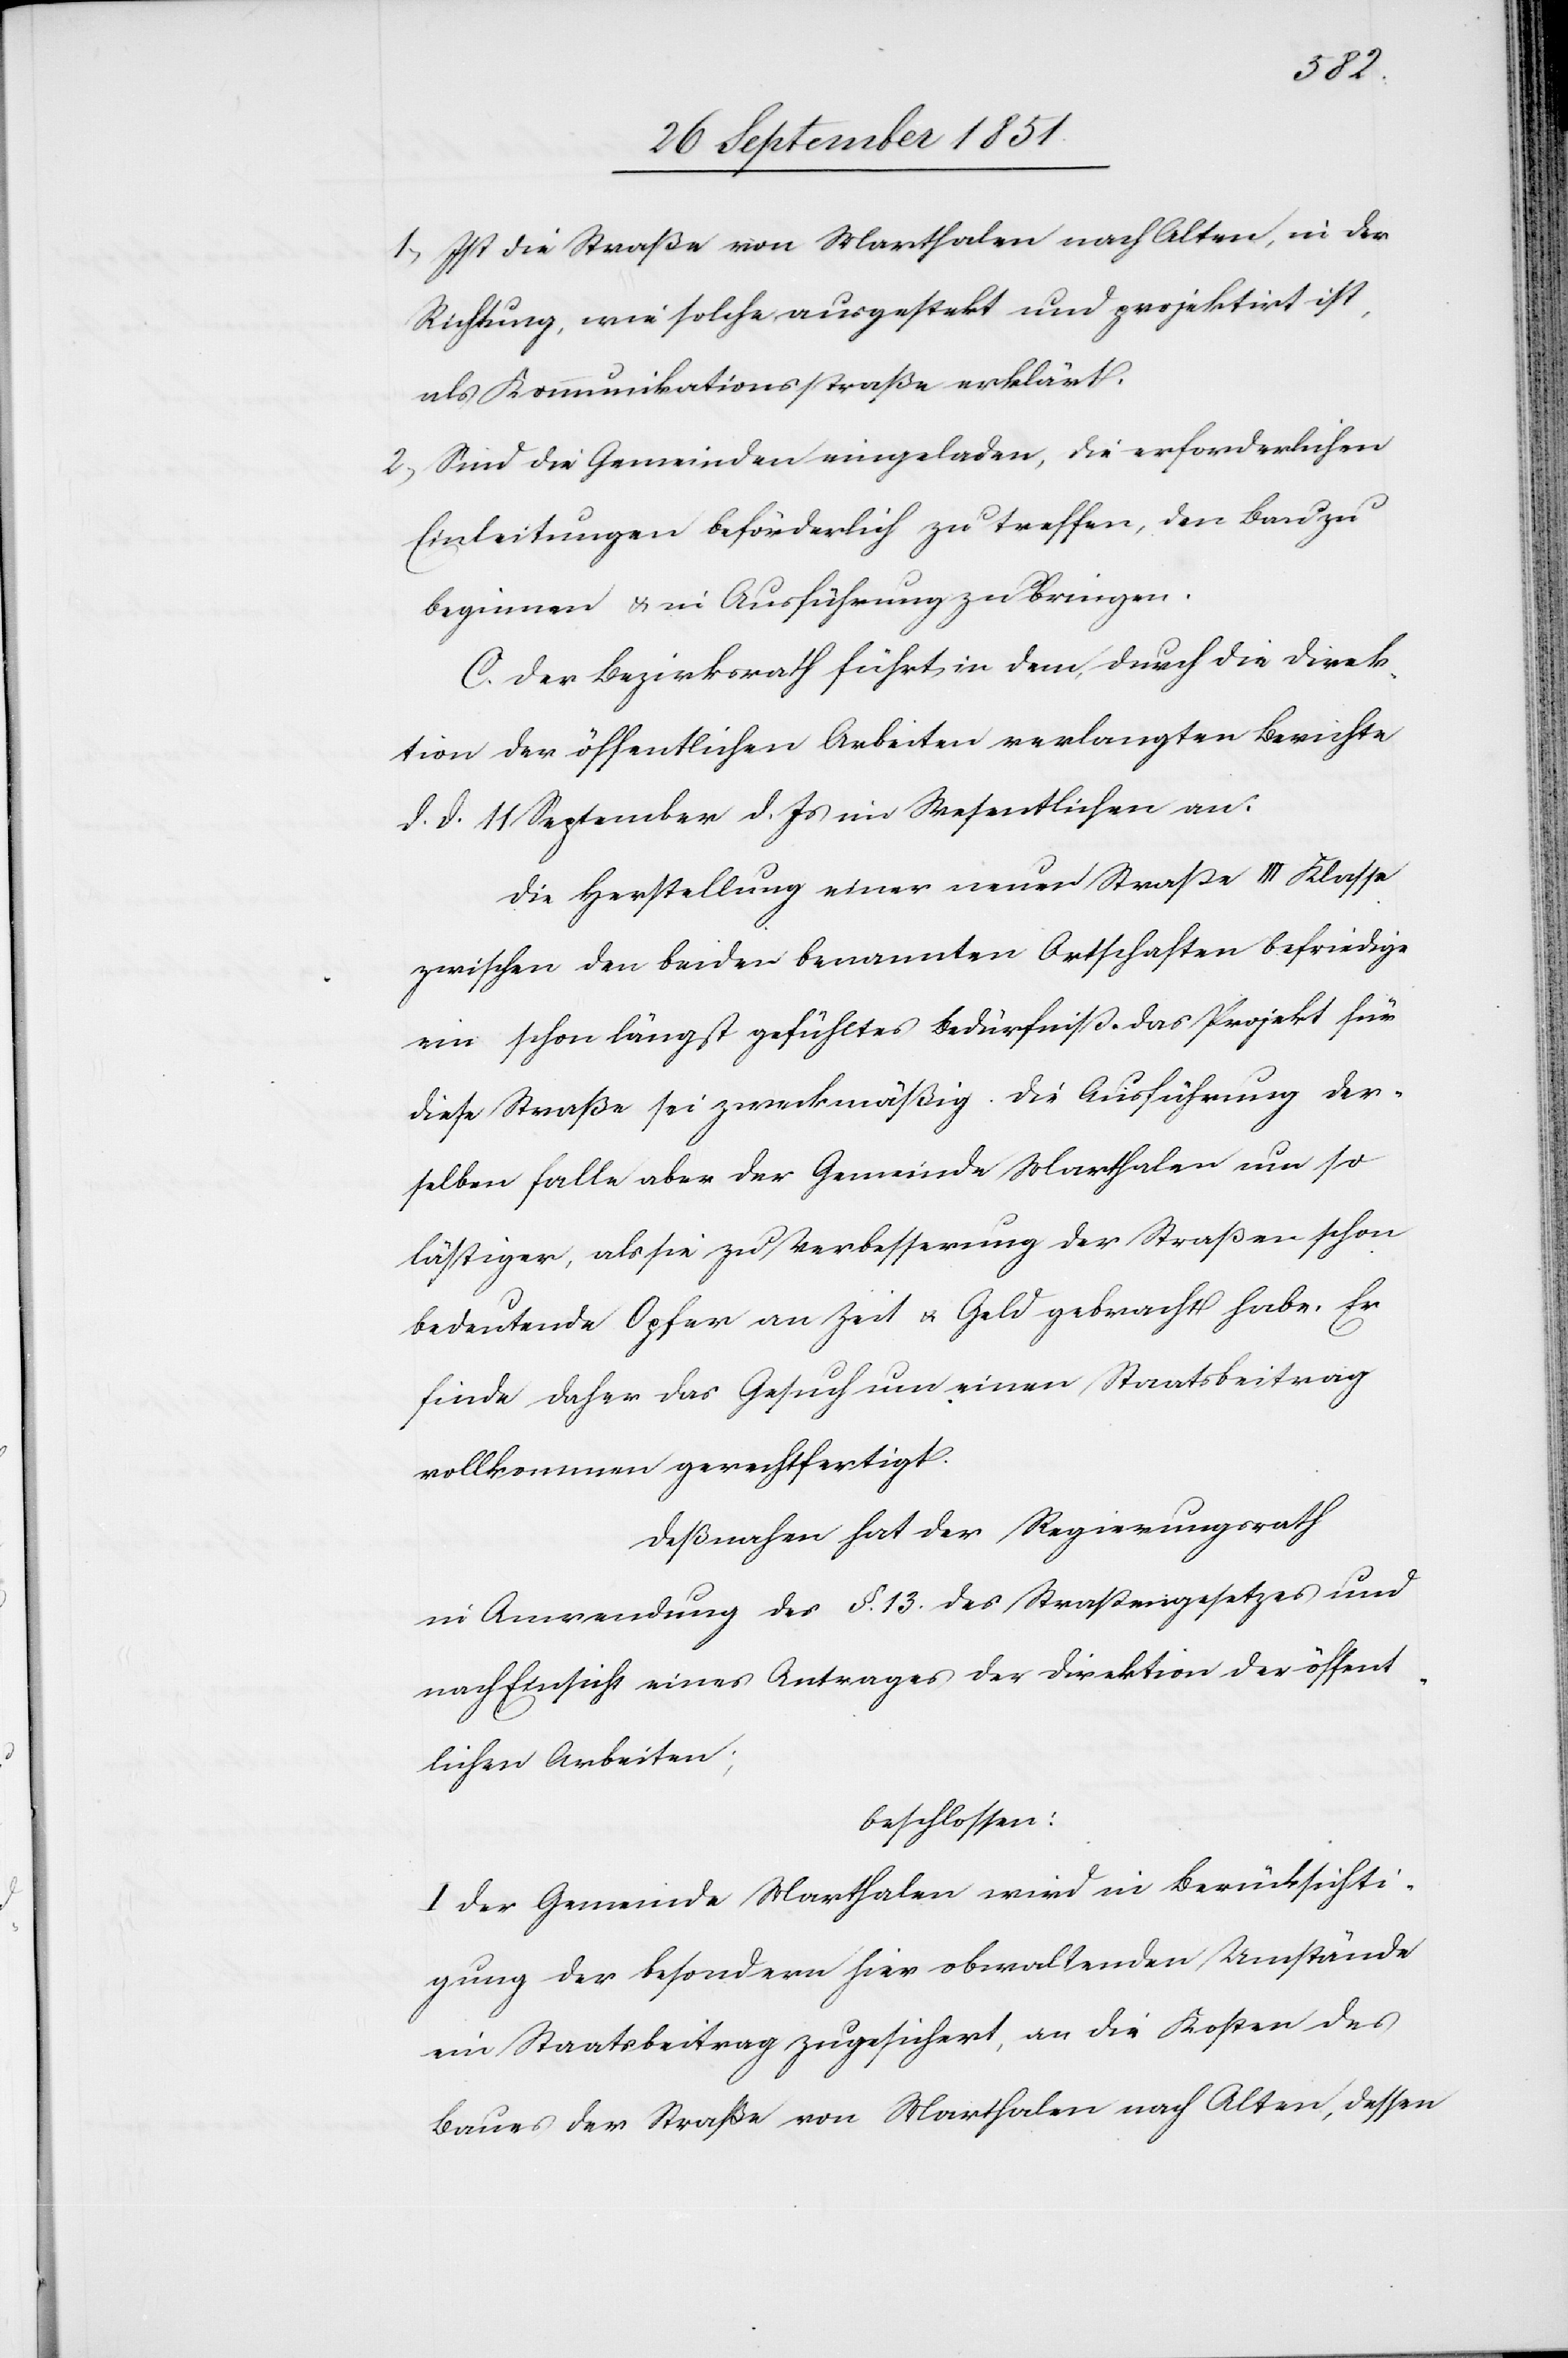
Ist die Straße von Marthalen nach Alten, in der
Richtung, wie solche ausgestekt und projektirt ist,
als Kommunikationsstraße erklärt.
Sind die Gemeinden eingeladen, die erforderlichen
Einleitungen beförderlich zu treffen, den Bau zu
beginnen & in Ausführung zu bringen.
C. Der Bezirksrath führt in dem, durch die Direk¬
tion der öffentlichen Arbeiten verlangten Berichte
d. d. 11 September d. Js im Wesentlichen an.
Die Herstellung einer neuen Straße III Klasse
zwischen den beiden benannten Ortschaften befriedige
ein schon längst gefühltes Bedürfniß. Das Projekt für
diese Straße sei zweckmäßig. Die Ausführung der¬
selben falle aber der Gemeinde Marthalen um so
lästiger, als sie zu Verbesserung der Straßen schon
bedeutende Opfer an Zeit & Geld gebracht habe. Er
finde daher das Gesuch um einen Staatsbeitrag
vollkommen gerechtfertigt.
Deßnahen hat der Regierungsrath
in Anwendung des §. 13. des Straßengesetzes und
nach Einsicht eines Antrages der Direktion der öffent¬
lichen Arbeiten;
beschlossen:
I Der Gemeinde Marthalen wird in Berücksichti¬
gung der besondern hier obwaltenden Umstände
ein Staatsbeitrag zugesichert, an die Kosten des
Baues der Straße von Marthalen nach Alten, dessen